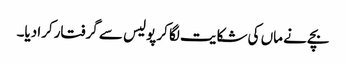
بچے نے ماں کی شکایت لگا کر پولیس سے گرفتارکرا دیا۔